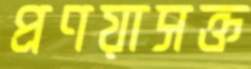
প্রণয়াসক্ত